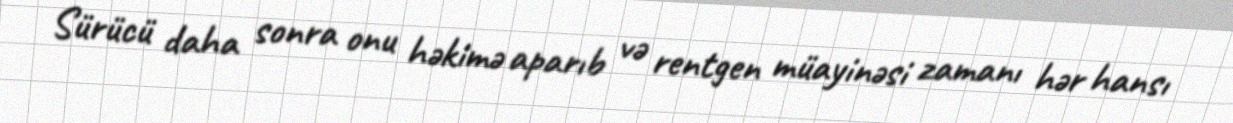
Sürücü daha sonra onu həkimə aparıb və rentgen müayinəsi zamanı hər hansı